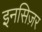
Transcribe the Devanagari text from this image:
इनसिज़र